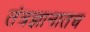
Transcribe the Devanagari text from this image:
तंत्रज्ञानातच